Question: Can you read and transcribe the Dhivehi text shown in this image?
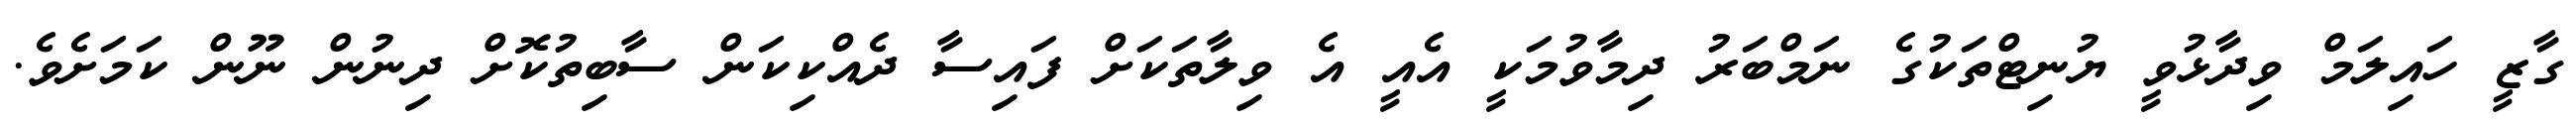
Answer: ގާޒީ ހައިލަމް ވިދާޅުވީ ޔުނިޓްތަކުގެ ނަމްބަރު ދިމާވުމަކީ އެއީ އެ ވިލާތަކަށް ފައިސާ ދެއްކިކަން ސާބިތުކޮށް ދިނުން ނޫން ކަމަށެވެ.